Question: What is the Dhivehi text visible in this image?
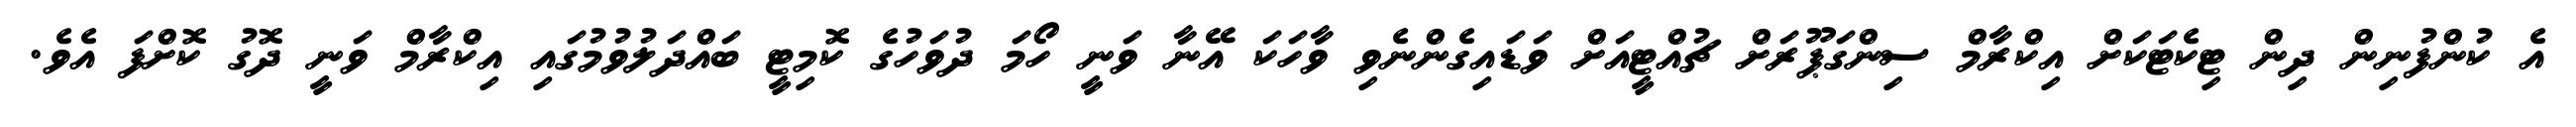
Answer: އެ ކުންފުނިން ދިން ޓިކެޓަކަށް އިކްރާމް ސިންގަޕޫރަށް ޗުއްޓީއަށް ވަޑައިގެންނެވި ވާހަކަ އޭނާ ވަނީ ހޯމަ ދުވަހުގެ ކޮމިޓީ ބައްދަލުވުމުގައި އިކްރާމް ވަނީ ދޮގު ކޮށްފަ އެވެ.